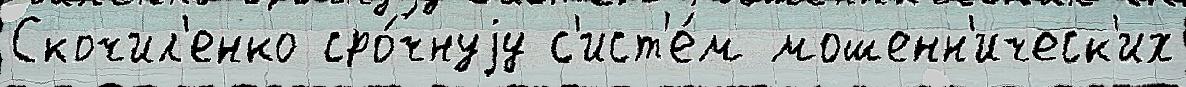
Скочил'енко сро́чнуjу с'ист'е́м мошенн'ическ'их